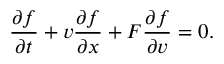
\frac { \partial f } { \partial t } + v \frac { \partial f } { \partial x } + F \frac { \partial f } { \partial v } = 0 .